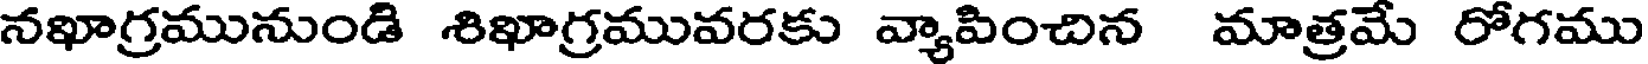
నఖాగ్రమునుండి శిఖాగ్రమువరకు వ్యాపించిన మాత్రమే రోగము